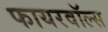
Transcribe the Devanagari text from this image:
फायरवॉल्स